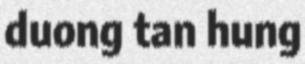
duong tan hung